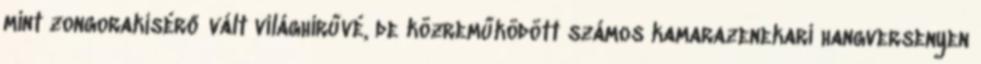
mint zongorakísérő vált világhírűvé, de közreműködött számos kamarazenekari hangversenyen